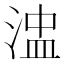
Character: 𰜒